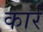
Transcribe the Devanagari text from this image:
कार्र